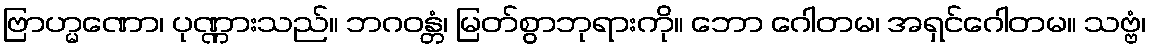
ဗြာဟ္မဏော၊ ပုဏ္ဏားသည်။ ဘဂဝန္တံ၊ မြတ်စွာဘုရားကို။ ဘော ဂေါတမ၊ အရှင်ဂေါတမ။ သဗ္ဗံ၊